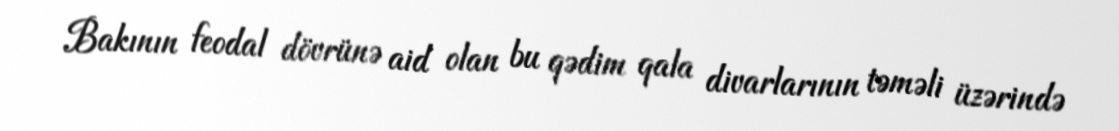
Bakının feodal dövrünə aid olan bu qədim qala divarlarının təməli üzərində